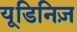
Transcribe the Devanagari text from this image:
यूडिनिज़